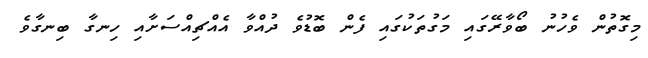
މިގޮތުން ވެހުނު ބޯވާރޭގައި މަގުތަކުގައި ފެން ބޮޑުވެ ދުއްވާ އެއްޗިއްސަށާއި ހިނގާ ބިނގާވެ